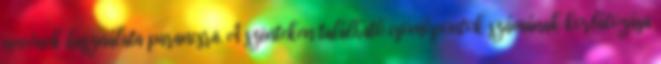
nevének használata parancsra. A szinteken található csomópontok számának korlátozása